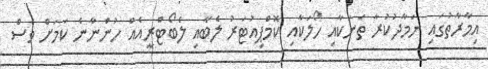
އިމާރާތުގައި ނަމާދުކުރާ ތަނަކާއި ހޯލަކާއި ކޮމްޕިއުޓަރު ލެބާއި ލެބޯޓްރީއެއް ހުންނާނެ ކަމަށް ވެސް